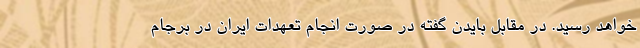
خواهد رسید. در مقابل بایدن گفته در صورت انجام تعهدات ایران در برجام